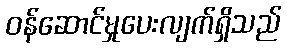
ဝန်ဆောင်မှုပေးလျက်ရှိသည်